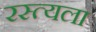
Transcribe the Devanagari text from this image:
रस्त्यला